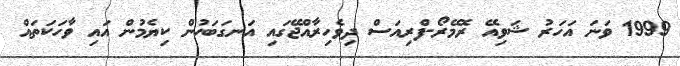
1999 ވަނަ އަހަރު ޝަވިއޭ ރޮމޭރޯ-ފްރިއަސް ދިވެހިރާއްޖޭގައި އަނގަބަހުން ކިޔެމުން އައި ވާހަކަތައް